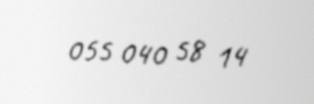
055 040 58 14